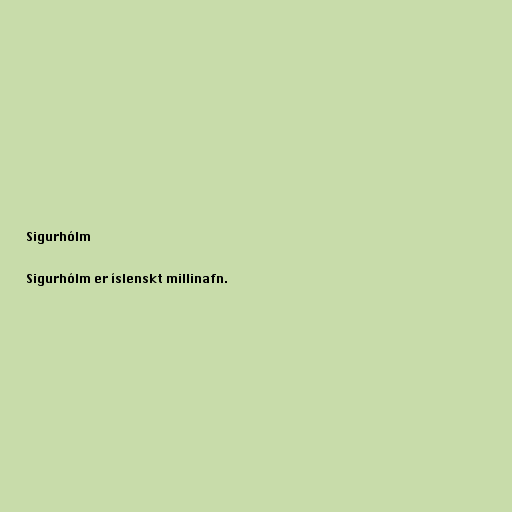
Sigurhólm

Sigurhólm er íslenskt millinafn.